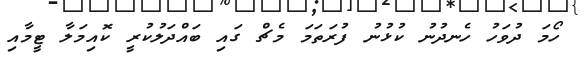
ހޯމަ ދުވަހު ހެނދުނު ކުޅުނު ފުރަތަމަ މެޗް ގައި ބައްދަލުކުރީ ކޮއިމަލާ ޓީމާއި